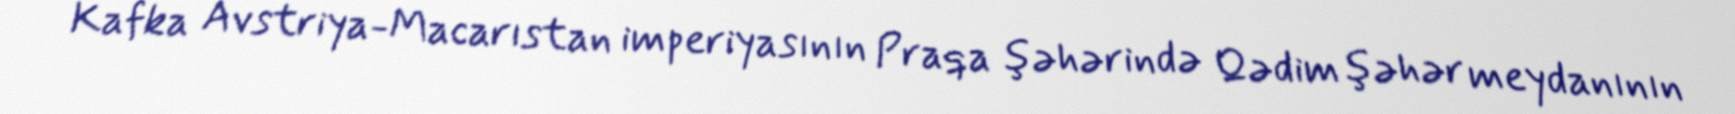
Kafka Avstriya-Macarıstan imperiyasının Praqa şəhərində Qədim şəhər meydanının